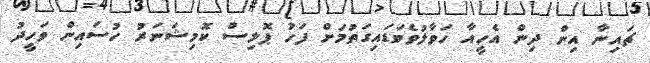
ޗައިނާ އިން ދިން އެހީއާ ހަވާލުވެވަޑައިގަތުމަށް ފަހު ޕޮލިސް ކޮމިޝަނަރު ހުސައިން ވަހީދު